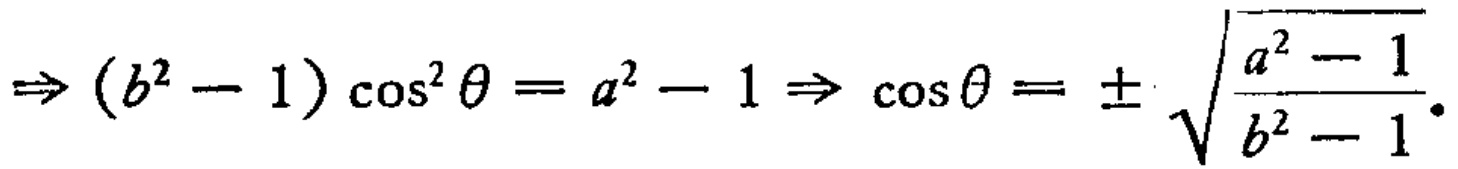
\(\Rightarrow (b^{2}-1)\cos^{2}\theta=a^{2}-1\Rightarrow\cos\theta=\pm\sqrt{\frac{a^{2}-1}{b^{2}-1}}.\)